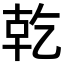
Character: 𪟴